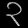
Digit: ၃